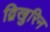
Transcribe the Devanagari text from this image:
द्विखुरिन